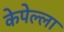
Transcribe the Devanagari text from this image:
केपेल्ला